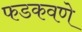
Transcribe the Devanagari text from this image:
फडकवणे